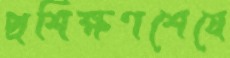
প্রশিক্ষণশেষে